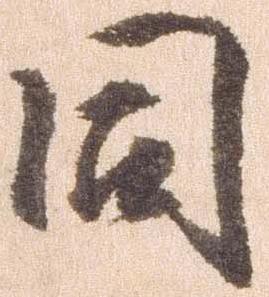
同